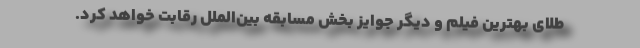
طلای بهترین فیلم و دیگر جوایز بخش مسابقه بین‌الملل رقابت خواهد کرد.